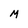
Character: M